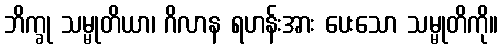
ဘိက္ခု သမ္မုတိယာ၊ ဂိလာန ရဟန်းအား ပေးသော သမ္မုတိကို။